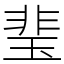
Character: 㻗